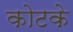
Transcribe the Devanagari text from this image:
कोटके